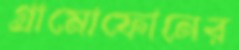
গ্রামোফোনের